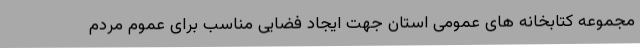
مجموعه کتابخانه های عمومی استان جهت ایجاد فضایی مناسب برای عموم مردم